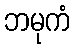
ဘမုကံ